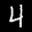
Label: 4